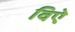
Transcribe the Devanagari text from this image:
विऐ